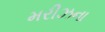
મરીઝના